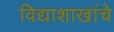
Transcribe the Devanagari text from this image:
विद्याशाखांचे